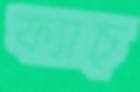
ফ্যাচ্